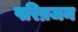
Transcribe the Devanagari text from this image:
परिव्रजन